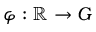
\varphi : \mathbb { R } \to G